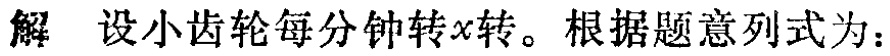
解 设小齿轮每分钟转\(x\)转。根据题意列式为：